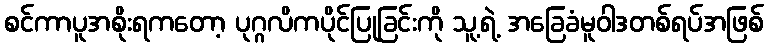
စင်ကာပူအစိုးရကတော့ ပုဂ္ဂလိကပိုင်ပြုခြင်းကို သူ့ရဲ့ အခြေခံမူဝါဒတစ်ရပ်အဖြစ်